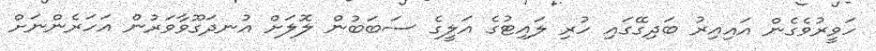
ހަވީރުވެގެން އައިއިރު ބަދިގޭގައި ހުރި ލައިޓުގެ އަލީގެ ސަބަބުން ލޮލަށް އުނދަގޫވާވަރުން އަހަރެންނަށް